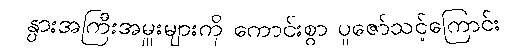
နွားအကြီးအမှူးများကို ကောင်းစွာ ပူဇော်သင့်ကြောင်း